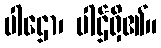
ပါဌော၊ ပါဌ်ရှိ၏။